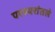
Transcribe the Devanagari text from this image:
परस्परांतले